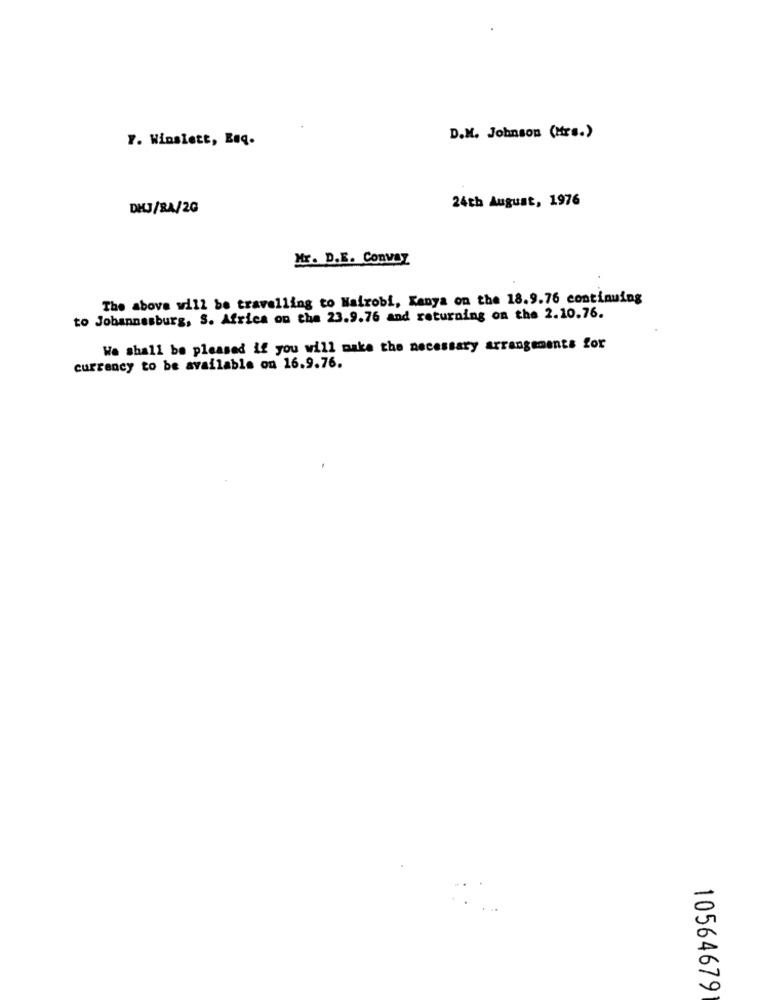
7. Winslett, Euq.
D.M. Johnson (Hrs.)
24th August, 1976
DKJ/RA/2G
Mr. D.E. Convay
The above will be travelling to Nairobi, Kenya on the 18.9.76 continuing
to Johannesburg, S. Africa on the 23.9.76 and returning on the 2.10.76.
We shall be pleased if you will make the necessary arrangements for
currency to be available on 16.9.76.
10564679